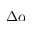
\Delta \alpha